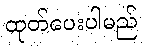
ထုတ်ပေးပါမည်